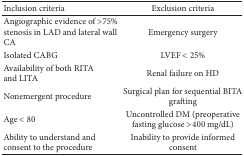
<table><thead><tr><td><b>Inclusion criteria</b></td><td><b>Exclusion criteria</b></td></tr></thead><tbody><tr><td>Angiographic evidence of &gt;75% stenosis in LAD and lateral wall CA</td><td>Emergency surgery</td></tr><tr><td>Isolated CABG</td><td>LVEF &lt; 25%</td></tr><tr><td>Availability of both RITA and LITA</td><td>Renal failure on HD</td></tr><tr><td>Nonemergent procedure</td><td>Surgical plan for sequential BITA grafting</td></tr><tr><td>Age &lt; 80</td><td>Uncontrolled DM (preoperative fasting glucose &gt;400 mg/dL)</td></tr><tr><td>Ability to understand and consent to the procedure</td><td>Inability to provide informed consent</td></tr></tbody></table>